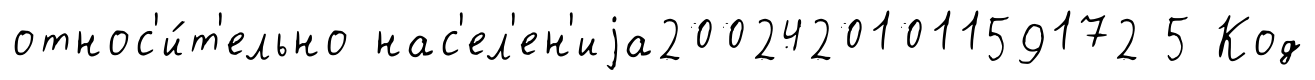
относ'и́т'ельно нас'ел'ен'иjа2002420101159172 5 Код